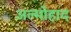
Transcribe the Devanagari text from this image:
अल्मोहाद